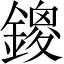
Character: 鎫